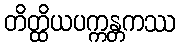
တိတ္ထိယပက္ကန္တကဿ